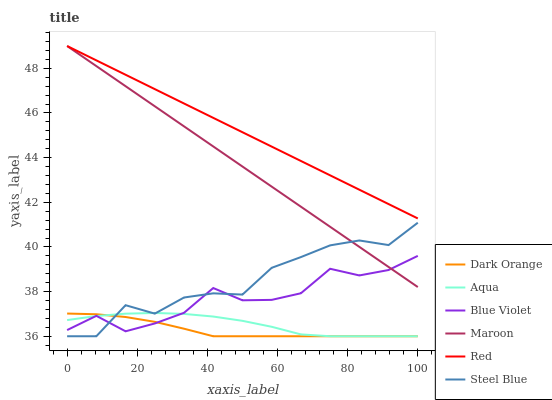
| xaxis_label | Dark Orange | Aqua | Blue Violet | Maroon | Red | Steel Blue |
 | --- | --- | --- | --- | --- | --- | --- |
 | 0 | 37 | 36.7 | 36.3 | 49 | 49 | 36 |
 | 8.33 | 37 | 36.9 | 36.9 | 48.1 | 48.4 | 36 |
 | 16.7 | 36.9 | 37 | 36.2 | 47.2 | 47.7 | 37.4 |
 | 25 | 36.6 | 37 | 36.6 | 46.3 | 47.1 | 37 |
 | 33.3 | 36.3 | 37 | 37.1 | 45.4 | 46.4 | 37.7 |
 | 41.7 | 36 | 36.9 | 38.2 | 44.5 | 45.8 | 37.9 |
 | 50 | 36 | 36.7 | 37.6 | 43.6 | 45.1 | 37.9 |
 | 58.3 | 36 | 36.4 | 37.6 | 42.7 | 44.5 | 39.1 |
 | 66.7 | 36 | 36.1 | 37.9 | 41.8 | 43.9 | 39.5 |
 | 75 | 36 | 36 | 39 | 40.9 | 43.2 | 40.1 |
 | 83.3 | 36 | 36 | 38.7 | 40 | 42.6 | 40.3 |
 | 91.7 | 36 | 36 | 39 | 39.1 | 41.9 | 40.1 |
 | 100 | 36 | 36 | 39.6 | 38.2 | 41.3 | 41.1 |